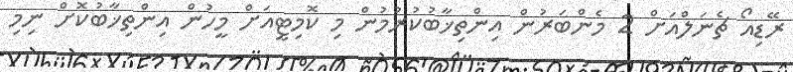
ރޭޑިއޯ ޗެނަލްއަށް 2 މެންބަރުން އިންތިޚާބުކުރުމުން މި ކޮމިޓީއަށް މީހުން އިންތިޚާބުކޮށް ނިމި